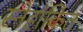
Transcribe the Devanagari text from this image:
स्नेहांकित